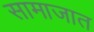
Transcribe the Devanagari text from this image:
सामाजात